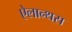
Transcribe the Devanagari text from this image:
ऐलान्थस